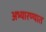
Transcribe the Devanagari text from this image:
अभ्यारण्यात